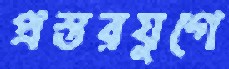
প্রস্তরযুগে